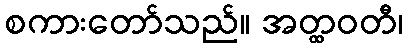
စကားတော်သည်။ အတ္ထဝတီ၊